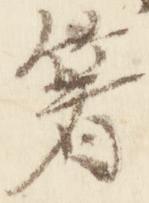
箸